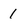
Character: 1